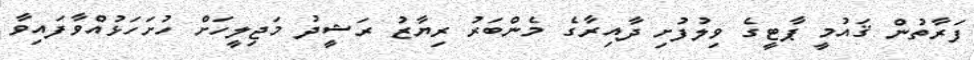
ފަރާތުން ޤައުމީ ޕާޓީގެ ވިލުފުށި ދާއިރާގެ މެންބަރު ރިޔާޒު ރަޝީދު މަޖިލީހަށް ހުށަހަޅުއްވާފައިވާ